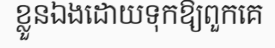
ខ្លួនឯងដោយទុកឱ្យពួកគេ